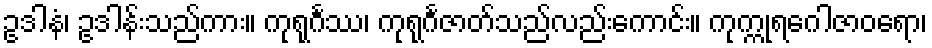
ဥဒါနံ၊ ဥဒါန်းသည်ကား။ ကုရုင်္ဂဿ၊ ကုရုင်္ဂဇာတ်သည်လည်းကောင်း။ ကုက္ကုရဂေါဇာဝရော၊